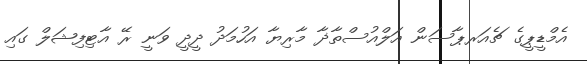
އެމްޑީޕީގެ ޗެއަރޕާސަން އަލްއުސްތާޛާ މާރިޔާ އަހުމަދު ދީދީ ވަނީ ރޭ އާޓިފިޝަލް ގައި